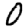
Digit: 0